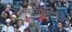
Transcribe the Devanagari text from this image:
लेखनगुणांच्या